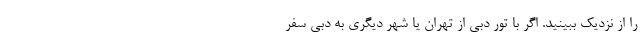
را از نزدیک ببینید. اگر با تور دبی از تهران یا شهر دیگری به دبی سفر